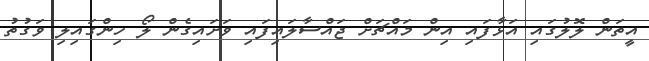
އީތަން ލޮލުގައި އަޅާފައި އިން މައްޗަށް ޖައްސާލައިފައި ވަށައިގެން ލޯ ހިންގައިލި ވަގުތު